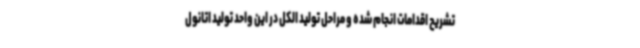
تشریح اقدامات انجام شده و مراحل تولید الکل در این واحد تولید اتانول